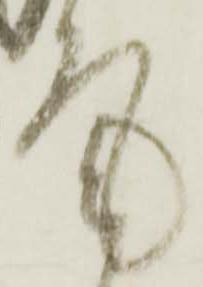
尾